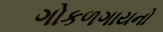
ગોકળગાયનો